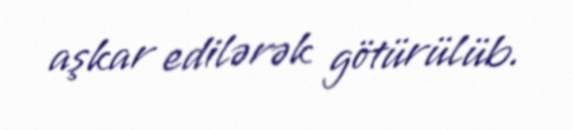
aşkar edilərək götürülüb.